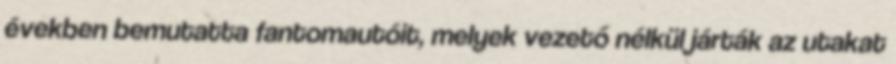
években bemutatta fantomautóit, melyek vezető nélkül járták az utakat